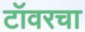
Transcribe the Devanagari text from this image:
टॉवरचा